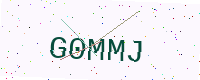
Text: G0MMJ